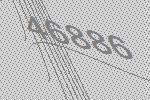
46886